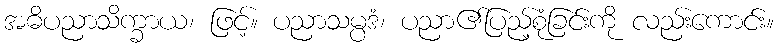
အဓိပညာသိက္ခာယ၊ ဖြင့်။ ပညာသမ္ပဒံ၊ ပညာ၏ပြည့်စုံခြင်းကို လည်းကောင်း။